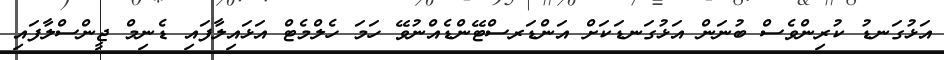
އަޅުގަނޑު ކުރިންވެސް ބުނަން އަޅުގަނޑަކަށް އަންޑަރސްޓޭންޑެއްނުވޭ ހަމަ ހެލްމެޓް އަޅައިލާފައި ޑެނިމް ޖީންސްލާފައި